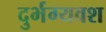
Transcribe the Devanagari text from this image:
दुर्भग्यवश